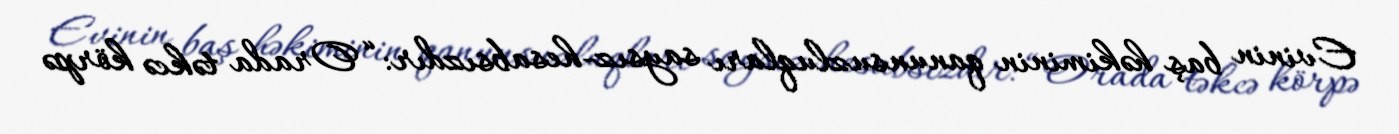
Evinin baş həkiminin qanunsuzluqları saysız-hesabsızdır: “Orada təkcə körpə